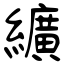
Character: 纊